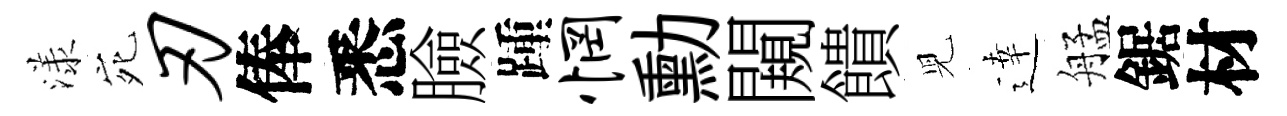
漾宛刃俸悉臉踵惘勳闚饋児逹艋鋸材